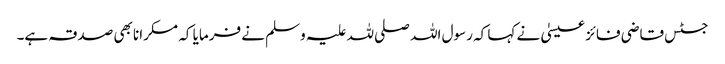
جسٹس قاضی فائز عیسیٰ نے کہا کہ رسول اللہ صلی للہ علیہ وسلم نے فرمایا کہ مسکرانا بھی صدقہ ہے۔